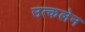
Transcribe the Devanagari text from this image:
उत्कलेन